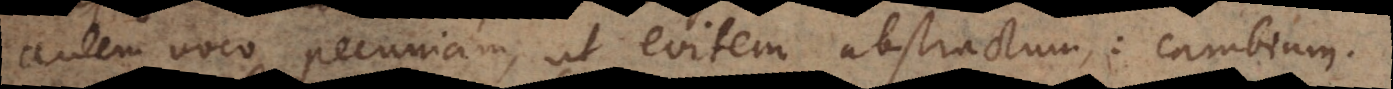
autem voco pecuniam, ut evitem abstractum: cambium.